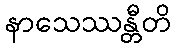
နာသေဿန္တီတိ